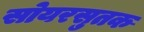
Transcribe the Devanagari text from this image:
सोयरसुतक